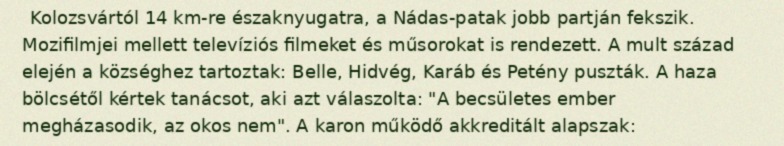
Kolozsvártól 14 km-re északnyugatra, a Nádas-patak jobb partján fekszik. Mozifilmjei mellett televíziós filmeket és műsorokat is rendezett. A mult század elején a községhez tartoztak: Belle, Hidvég, Karáb és Petény puszták. A haza bölcsétől kértek tanácsot, aki azt válaszolta: "A becsületes ember megházasodik, az okos nem". A karon működő akkreditált alapszak: